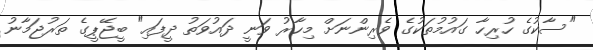
"ސާކުގެ ހުރިހާ ގައުމުތަކުގެ ވެރިންނަށް މިހާރު ވަނީ ދައުވަތު ދީފައި" ބީޖޭޕީގެ ތަރުޖަމާނު